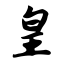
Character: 皇